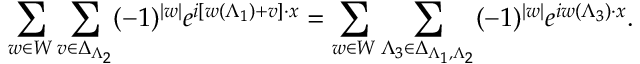
\sum _ { w \in W } \sum _ { v \in \Delta _ { \Lambda _ { 2 } } } ( - 1 ) ^ { | w | } e ^ { i \left[ w ( \Lambda _ { 1 } ) + v \right] \cdot x } = \sum _ { w \in W } \sum _ { \Lambda _ { 3 } \in \Delta _ { \Lambda _ { 1 } , \Lambda _ { 2 } } } ( - 1 ) ^ { | w | } e ^ { i w ( \Lambda _ { 3 } ) \cdot x } .